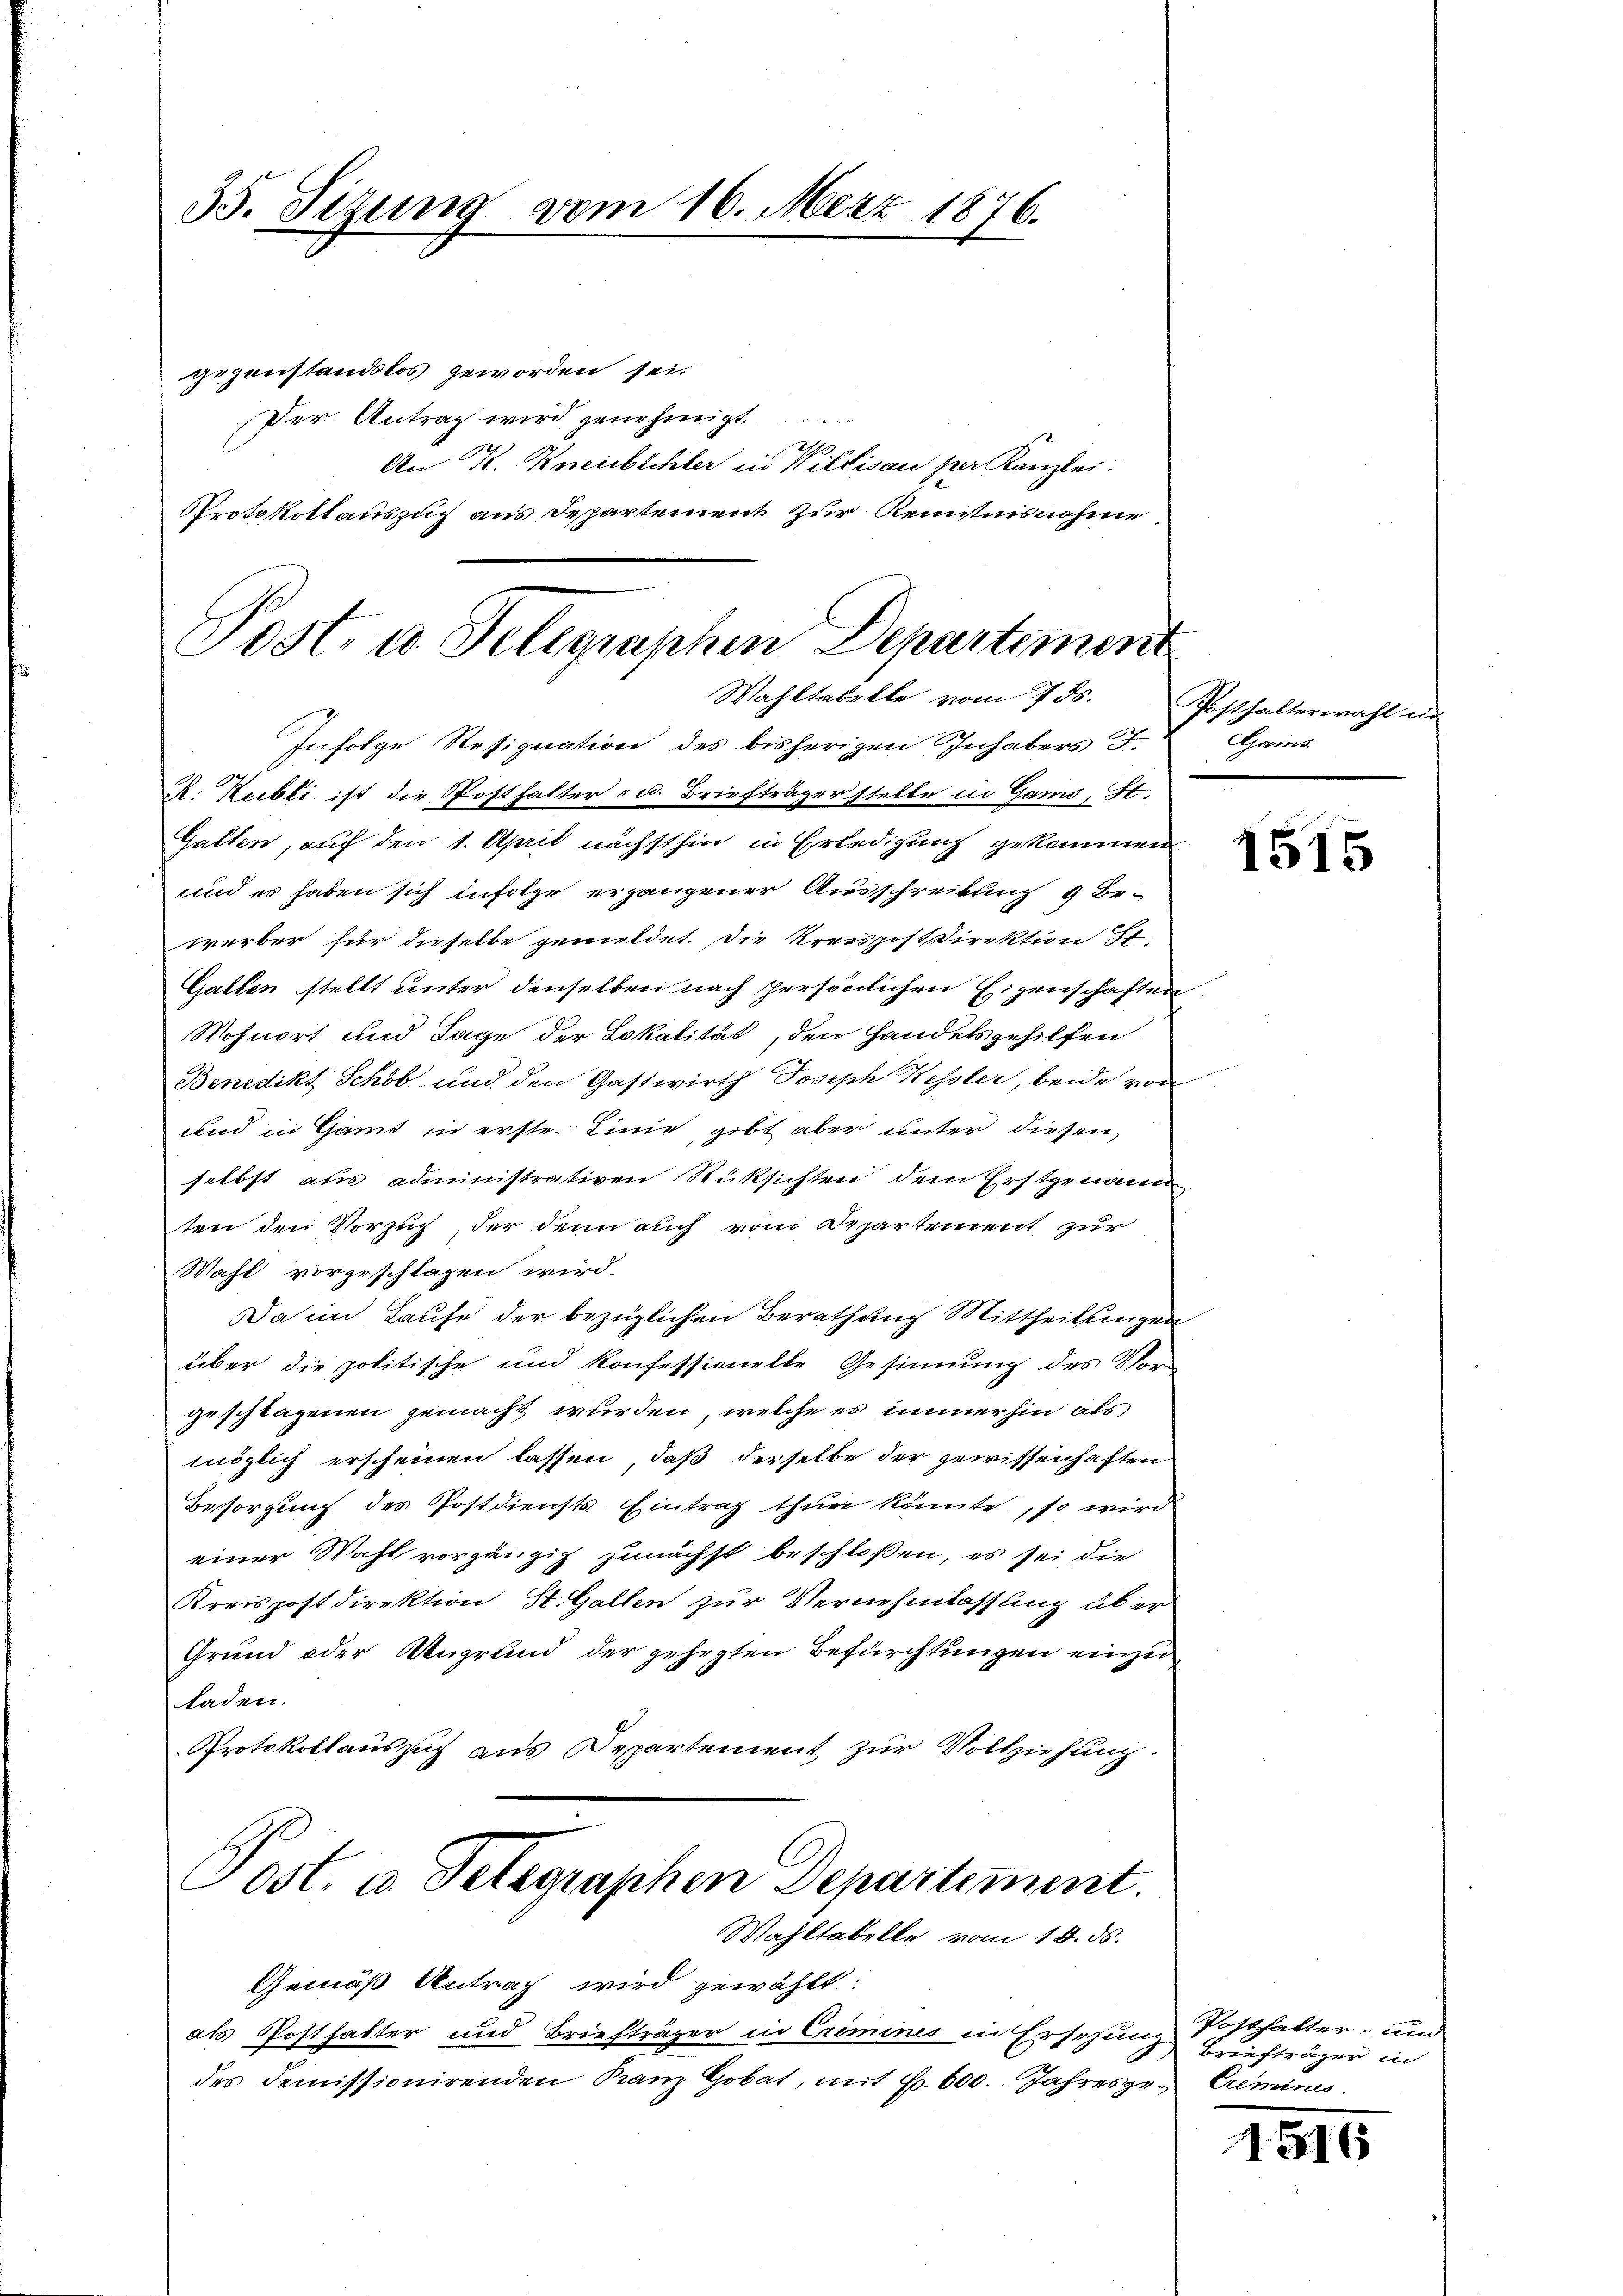
35. Sitzung vom 16. März 1876.

gegenstandslos geworden sei.
Der. Antrag wird genehmigt.
An K. Kneibichler in Willisau der Kanzlei.
Protokollauszug aus Departement zur Kenntnisnahme,

Post- u. Telegraphen Departemen
Wahltadelle vom 7. ds.
Infolge Resignation des bisherigen Inhabers F.

R. Reibli ist die Posthalter u. Briefträgerstelle in Gamo, St.
Gatten, auf den 1. April nächsthin in Erledigung gekommen
und es haben sich infolge ergangener Ausschreibung 9 Bewerber für dieselbe gemeldet. Die Kreispost Direktion St.
Gallen stellt unter denselben nach persönlichen Eigenschaften
Wohnort und Lage der Lokalität, den Handelsgehilfen
Benedikt Schob und den Gastwirth Joseph Kessler, beide von
und in Gams in erste Linie, gibt aber unter diesen
selbst aus administrativen Rüksichten dem Erstgenann
ten den Vorzug, der denn auch vom Departement zur
Wahl vorgeschlagen wird.
Da ein Laufe der bezüglichen Berathung Mittheilungen
über die politische und Konfessionelle Gesinnung des Vorgeschlagenen gemacht wurden, welche es immerhin als
möglich erscheinen lassen, daß derselbe der gewissenhaften
Besorgung des Postdiensts Eintrag thun könnte, so wird
einer Wahl vorgängig zunächst beschloßen, es sei die
Kreispostdirektion St. Gallen zur Vernehmlassung über
Grund oder Ungrund der gehegten Befürchtungen einzuladen.
Protokollaussich aus Departement zur Vollziehung.
Post. u. Telegraphen Departement.
Wahltabelle vom 18. ds.
Gemäß Antrag wird gewählt:
als Posthalter und Briefträger in Crimines in Erschung Posthalter, und
des Demissionirenden Kranz Gobat, mit S. 600. Jahresge- Crimines

Posthalterwahl in
Gams.

1515

Briefträger in

1516